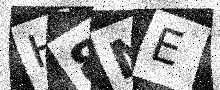
Text: H8NE